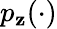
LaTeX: p_{\mathbf{z}}(\cdot)